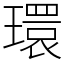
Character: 環